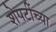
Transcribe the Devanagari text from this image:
शेपटींच्या